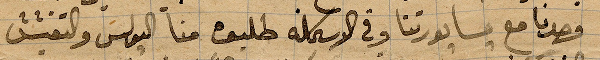
وحدنا مع سابورتنا وفي الاسكلة طلبوه منا البوليس والتفتيش